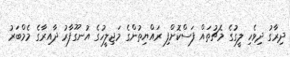
ދިރާގު ދިވެހި ލީގުގެ މެޗުތައް ފަސްކޮށްފި ރައްޔިތުންގެ މަޖިލީހުގެ އުނގޫފާރު ދާއިރާގެ މެމްބަރު